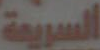
السريعة